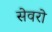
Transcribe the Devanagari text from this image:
सेवरो